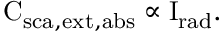
\mathrm { C _ { \mathrm { { s c a } , \mathrm { { e x t } , \mathrm { { a b s } } } } } \propto \mathrm { { I } } _ { \mathrm { { r a d } } } . }